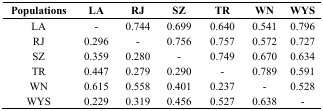
<table><thead><tr><td><b>Populations</b></td><td><b>LA</b></td><td><b>RJ</b></td><td><b>SZ</b></td><td><b>TR</b></td><td><b>WN</b></td><td><b>WYS</b></td></tr></thead><tbody><tr><td>LA</td><td>-</td><td>0.744</td><td>0.699</td><td>0.640</td><td>0.541</td><td>0.796</td></tr><tr><td>RJ</td><td>0.296</td><td>-</td><td>0.756</td><td>0.757</td><td>0.572</td><td>0.727</td></tr><tr><td>SZ</td><td>0.359</td><td>0.280</td><td>-</td><td>0.749</td><td>0.670</td><td>0.634</td></tr><tr><td>TR</td><td>0.447</td><td>0.279</td><td>0.290</td><td>-</td><td>0.789</td><td>0.591</td></tr><tr><td>WN</td><td>0.615</td><td>0.558</td><td>0.401</td><td>0.237</td><td>-</td><td>0.528</td></tr><tr><td>WYS</td><td>0.229</td><td>0.319</td><td>0.456</td><td>0.527</td><td>0.638</td><td>-</td></tr></tbody></table>